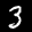
Label: 3